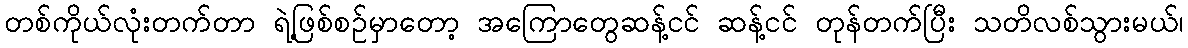
တစ်ကိုယ်လုံးတက်တာ ရဲ့ဖြစ်စဉ်မှာတော့ အကြောတွေဆန့်ငင် ဆန့်ငင် တုန်တက်ပြီး သတိလစ်သွားမယ်၊